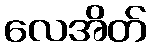
လေအိတ်